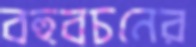
বহুবচনের